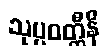
သုပ္ပဝတ္တီနိ